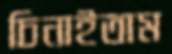
চিনাইতাম